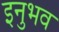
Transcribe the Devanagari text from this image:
इनुभव